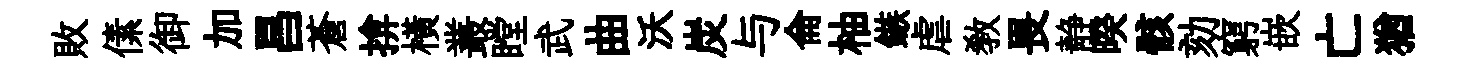
敗傃御加昌蒼揜橫叢瞠武曲沃炭与侖柚鏃虐敎畏静暌骸劾窮嵌亡猶